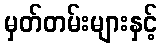
မှတ်တမ်းများနှင့်